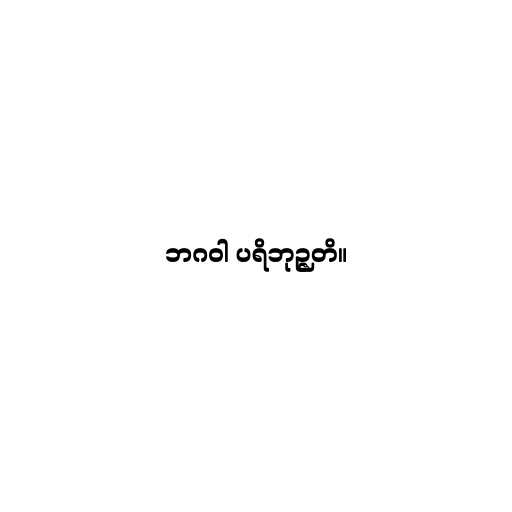
ဘဂဝါ ပရိဘုဉ္ဇတိ။